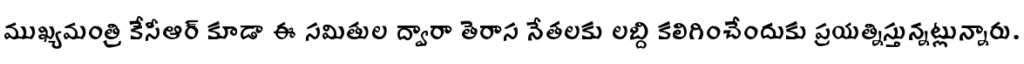
ముఖ్యమంత్రి కేసీఆర్ కూడా ఈ సమితుల ద్వారా తెరాస నేతలకు లబ్ది కలిగించేందుకు ప్రయత్నిస్తున్నట్లున్నారు.